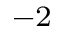
^ { - 2 }